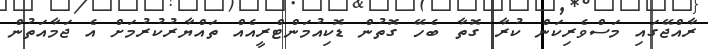
ރާއްޖޭގައި މަސްވެރިކަން ކުރާ ގޮތާ ބެހޭ ގޮތުން ޑޮކިއުމަންޓްރީއެއް ތައްޔާރުކުރުމަށް އެ ޖަމާއަތުން